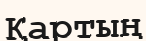
Қартың